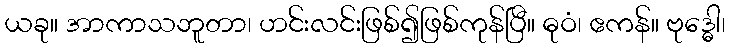
ယခု။ အာကာသဘူတာ၊ ဟင်းလင်းဖြစ်၍ဖြစ်ကုန်ပြီ။ ဓုဝံ၊ ဧကန်။ ဗုဒ္ဓေါ၊